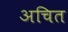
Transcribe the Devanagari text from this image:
अचित